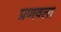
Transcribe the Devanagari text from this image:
प्रणवला